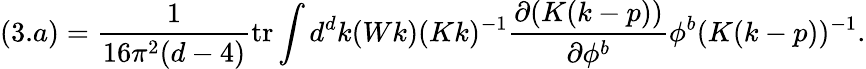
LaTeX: (3.a)=\frac{1}{16\pi^{2}(d-4)}\mathrm{tr}\int d^{d}k(Wk)(Kk)^{-1}\frac{\partial(K(k-p))}{\partial\phi^{b}}\phi^{b}(K(k-p))^{-1}.